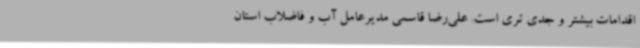
اقدامات بیشتر و جدی تری است. علی‌رضا قاسمی مدیرعامل آب و فاضلاب استان